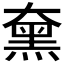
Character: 𪐡